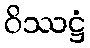
ဝိဿဋ္ဌံ